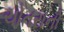
ચોતરાનો